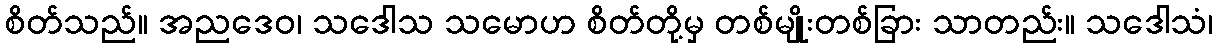
စိတ်သည်။ အညဒေဝ၊ သဒေါသ သမောဟ စိတ်တို့မှ တစ်မျိုးတစ်ခြား သာတည်း။ သဒေါသံ၊